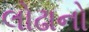
લોઢાનો